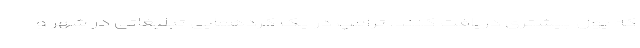
که پول بیشتری دریافت کنند. ترامپ در یک گردهمایی تبلیغاتی در شهر و